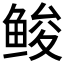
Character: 𱇳